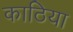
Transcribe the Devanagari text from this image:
काठिया